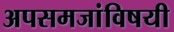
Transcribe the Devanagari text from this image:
अपसमजांविषयी